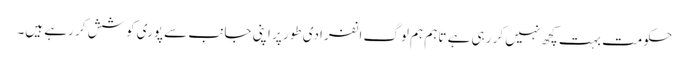
حکومت بہت کچھ نہیں کر رہی ہے تاہم ہم لوگ انفرادی طور پر اپنی جانب سے پوری کوشش کر رہے ہیں۔